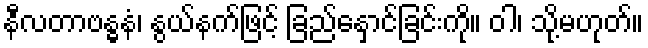
နီလတာဗန္ဓနံ၊ နွယ်နက်ဖြင့် ခြည်နှောင်ခြင်းကို။ ဝါ၊ သို့မဟုတ်။